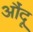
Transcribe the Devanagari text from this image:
औंदू